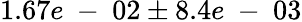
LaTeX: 1.67e\mathrm{~-~}02\pm 8.4e\mathrm{~-~}03